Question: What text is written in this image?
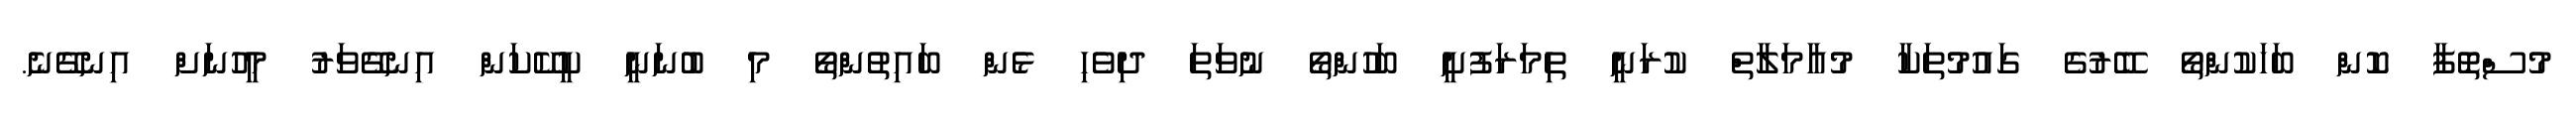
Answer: މުސްތޮފާ ކޮން ބަހަކުންތޯ ބޭރުގެ ގައުމުތަކާ މުއާމަލާތް ކުރަނީ ތިމަރަފުށީ ބަހުންތޯ ނުވަތަ ދިވެހި ޅެން ބައިތުންތޯ މި ބުނަނީ ކީކޭކަން އިނގޭވަރު މީހުނަށް އިނގޭނެ.